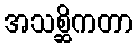
အသစ္ဆိကတာ